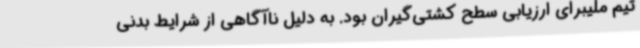
تیم ملیبرای ارزیابی سطح کشتی‌گیران بود. به دلیل ناآگاهی از شرایط بدنی